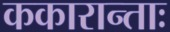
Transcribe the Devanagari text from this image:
ककारान्ताः